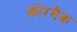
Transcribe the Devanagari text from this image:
कोरमैक